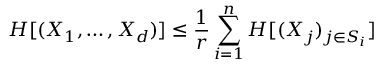
H [ ( X _ { 1 } , \dots , X _ { d } ) ] \leq { \frac { 1 } { r } } \sum _ { i = 1 } ^ { n } H [ ( X _ { j } ) _ { j \in S _ { i } } ]